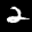
Label: 2